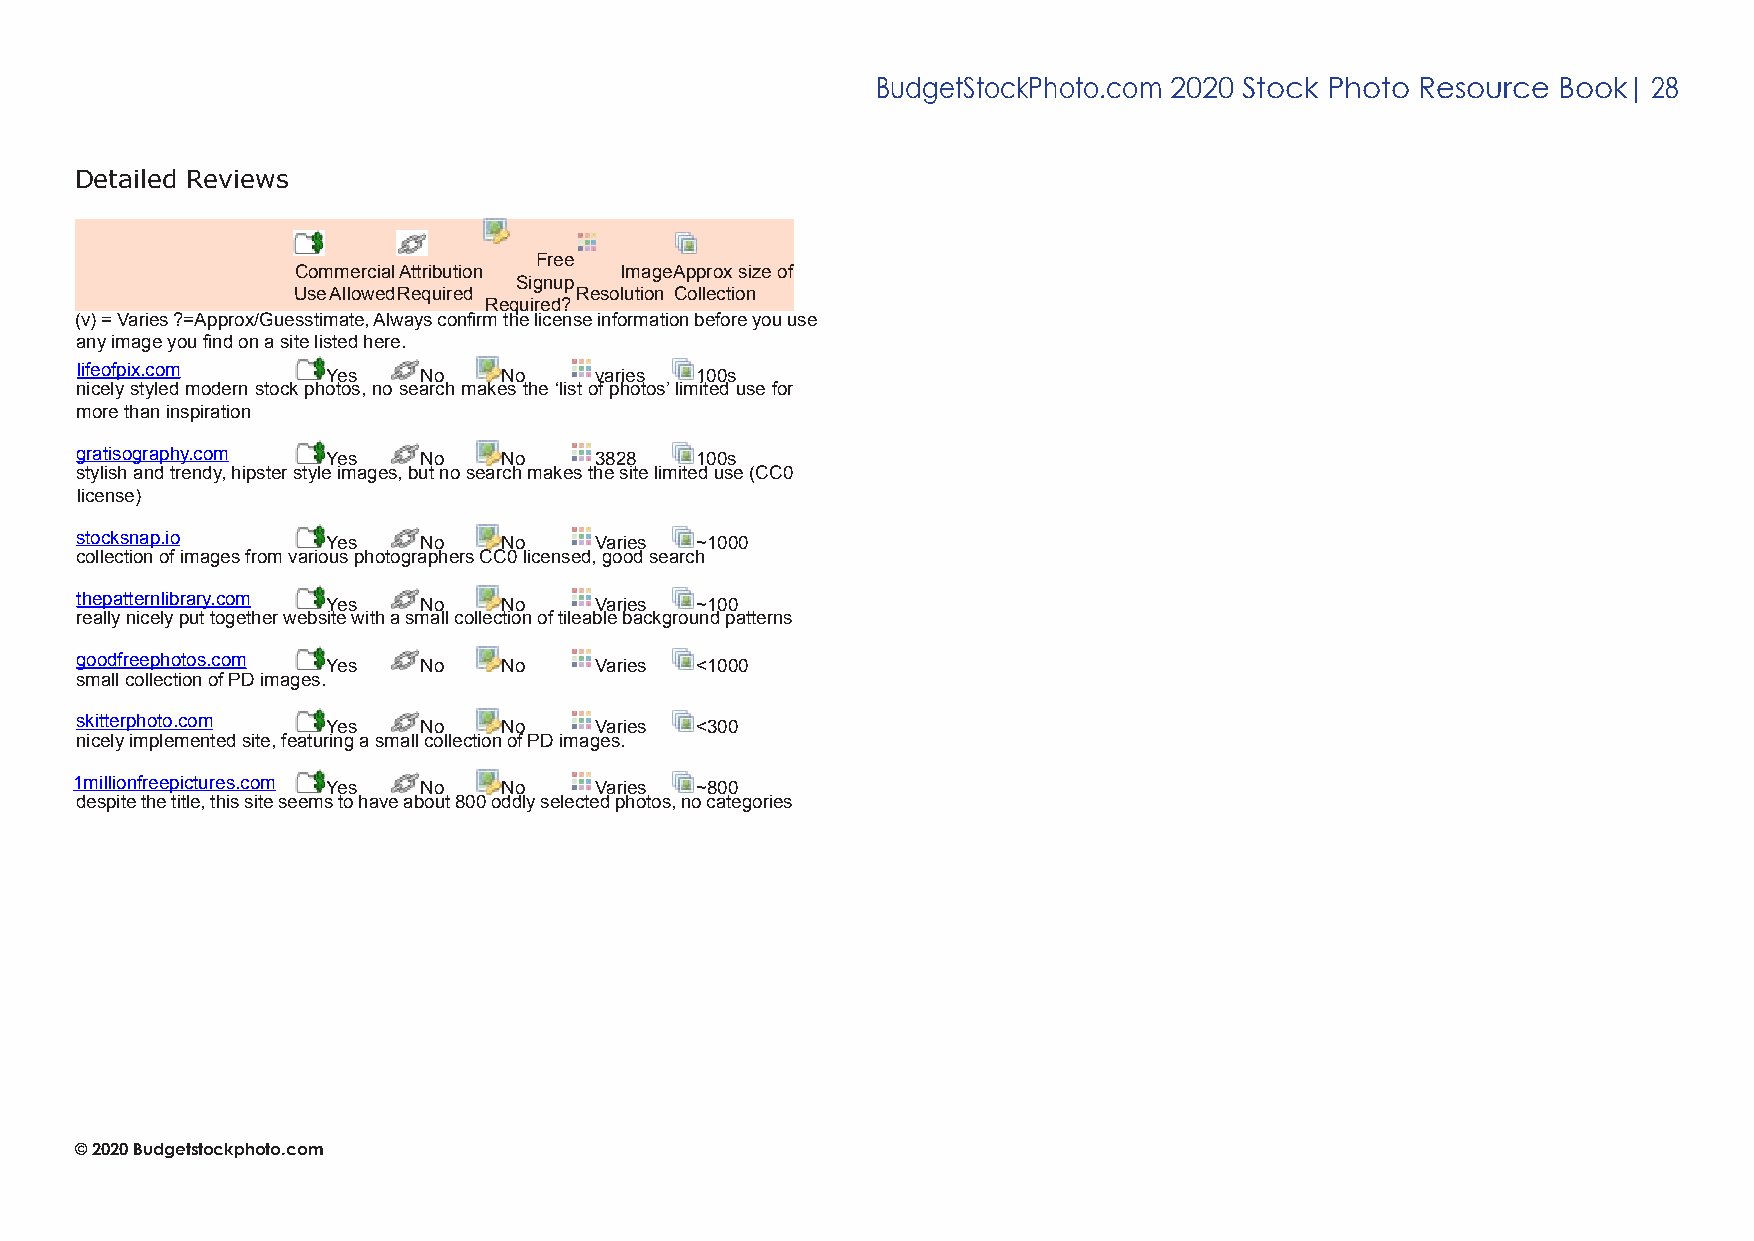
BudgetStockPhoto.com 2020 Stock Photo Resource Book| 28
 Detailed Reviews
 Free
 Commercial Attribution
 Signup
 Image Approx size of
 Use AllowedRequired Resolution Collection
 Required?
 (v) = Varies ?=Approx/Guesstimate, Always confirm the license information before you use
 any image you find on a site listed here.
 lifeofpix.com    Yes   No   No    varies 100s
 nicely styled modern stock photos, no search makes the ‘list of photos’ limited use for
 more than inspiration
 gratisography.com Yes  No   No    3828   100s
 stylish and trendy, hipster style images, but no search makes the site limited use (CC0
 license)
 stocksnap.io     Yes   No   No    Varies ~1000
 collection of images from various photographers CC0 licensed, good search
 thepatternlibrary.com Yes No No   Varies ~100
 really nicely put together website with a small collection of tileable background patterns
 goodfreephotos.com Yes No   No    Varies <1000
 small collection of PD images.
 skitterphoto.com Yes   No   No    Varies <300
 nicely implemented site, featuring a small collection of PD images.
 1millionfreepictures.com Yes No No Varies ~800
 despite the title, this site seems to have about 800 oddly selected photos, no categories
 © 2020 Budgetstockphoto.com